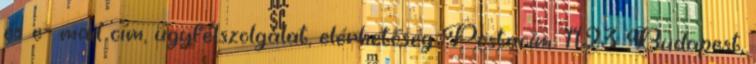
és e- mail cím, ügyfélszolgálat, elérhetőség Postacím: 1123 Budapest,